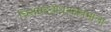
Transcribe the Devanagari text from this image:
चित्तसद्बोधनक्षत्रमाला